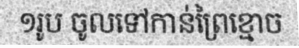
១រូប ចូលទៅកាន់ព្រៃខ្មោច